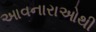
આવનારાઓથી